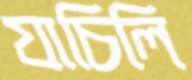
যাচিলি